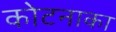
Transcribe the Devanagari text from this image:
कोटनाका